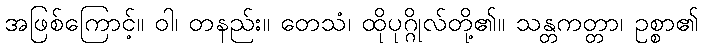
အဖြစ်ကြောင့်။ ဝါ၊ တနည်း။ တေသံ၊ ထိုပုဂ္ဂိုလ်တို့၏။ သန္တကတ္တာ၊ ဥစ္စာ၏